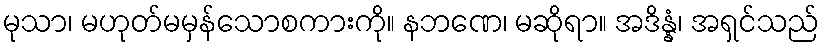
မုသာ၊ မဟုတ်မမှန်သောစကားကို။ နဘဏေ၊ မဆိုရာ။ အဒိန္နံ၊ အရှင်သည်